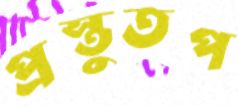
প্রস্তুতপ